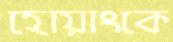
হোয়াংকে